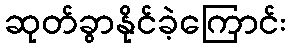
ဆုတ်ခွာနိုင်ခဲ့ကြောင်း